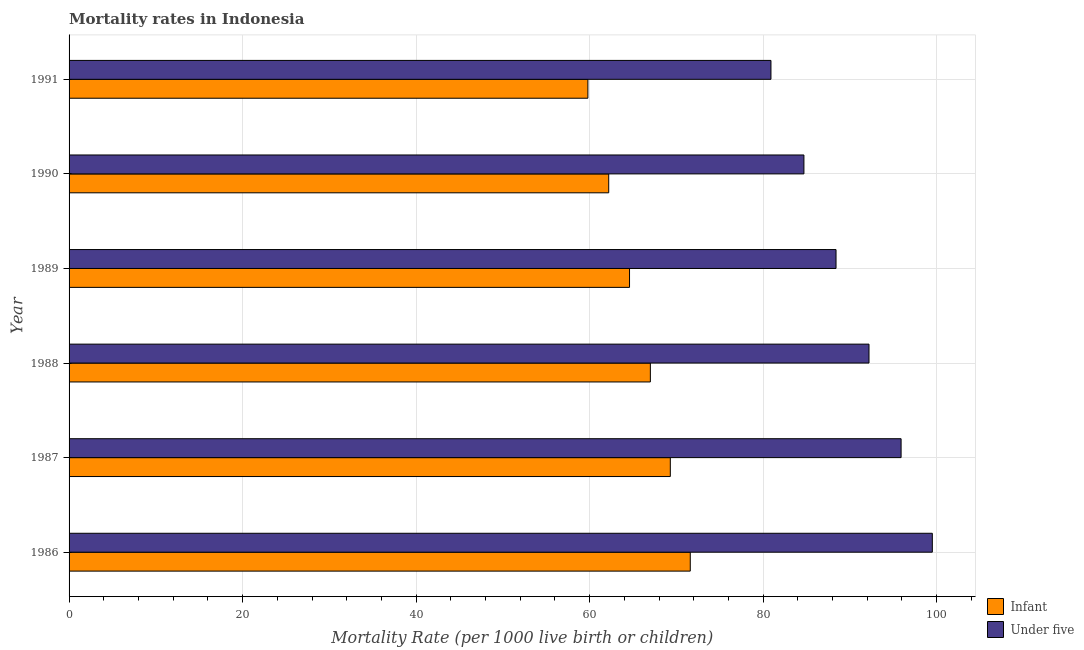
| Year | Infant | Under five |
 | --- | --- | --- |
 | 1986 | 71.6 | 99.5 |
 | 1987 | 69.3 | 95.9 |
 | 1988 | 67 | 92.2 |
 | 1989 | 64.6 | 88.4 |
 | 1990 | 62.2 | 84.7 |
 | 1991 | 59.8 | 80.9 |